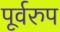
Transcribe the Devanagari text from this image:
पूर्वरुप